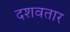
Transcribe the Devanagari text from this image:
दशवतार